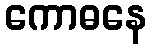
ကောဓနေ